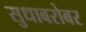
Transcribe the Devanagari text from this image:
सुधाबरोबर